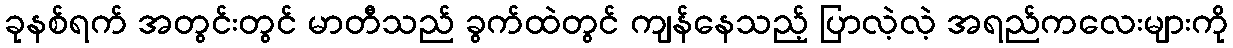
ခုနစ်ရက် အတွင်းတွင် မာတီသည် ခွက်ထဲတွင် ကျန်နေသည့် ပြာလဲ့လဲ့ အရည်ကလေးများကို